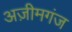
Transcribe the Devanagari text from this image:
अज़ीमगंज